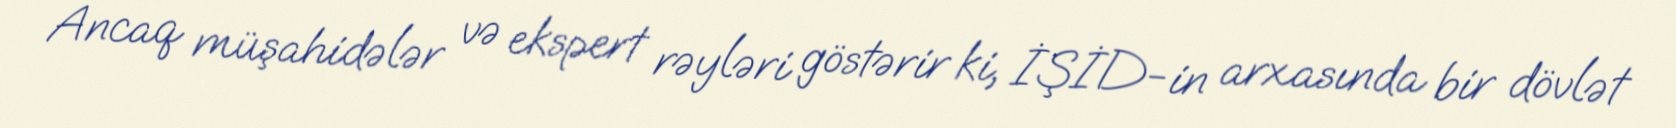
Ancaq müşahidələr və ekspert rəyləri göstərir ki, İŞİD-in arxasında bir dövlət